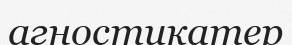
агностикатер